Lunatic asylums Burma 1922-24 - 1922-1924
Year: 1922
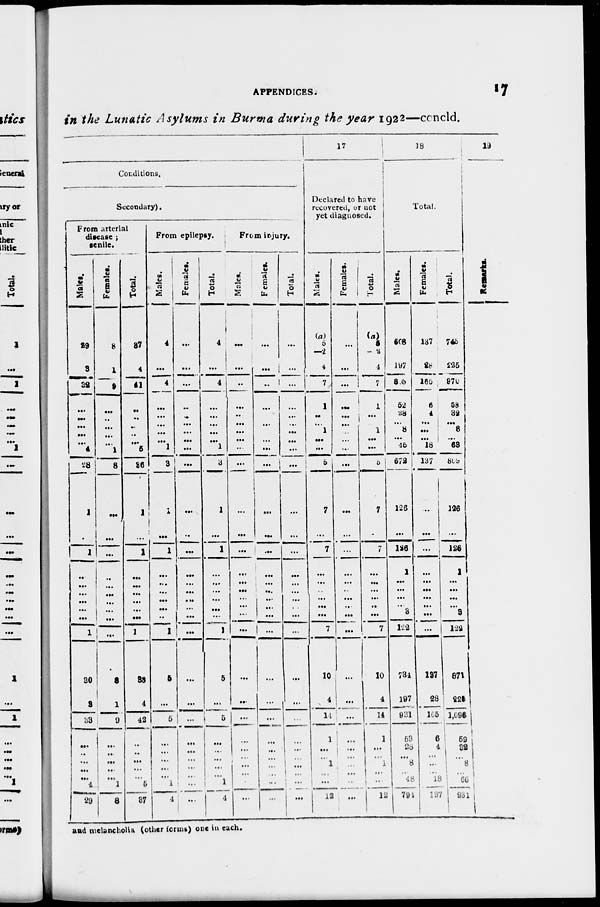
APPENDICES.
17
in the Lunatic Asylums in Burma during the year 1922—concld.
Conditions.
Secondary).
From arterial
disease ;
senile.
Males.
29
3
32
...
...
...
...
...
4
28
1
...
1
...
...
...
...
...
...
1
30
3
33
...
..
...
...
...
4
29
Females.
8
1
9
...
..
...
...
...
1
8
...
...
...
..
...
...
...
...
...
...
8
1
9
...
...
...
..
...
1
8
Total.
37
4
41
..
..
...
..
...
5
36
1
...
1
...
...
...
...
...
...
1
38
4
42
...
..
...
...
...
5
37
From epilepsy.
Males.
4
...
4
...
...
...
...
...
1
3
1
...
1
...
...
...
...
...
..
1
5
...
5
...
...
...
...
...
1
4
Females.
...
...
...
..
..
...
...
...
...
...
...
..
...
...
...
...
...
...
...
...
...
...
...
...
...
...
...
..
...
...
Total.
4
...
4
...
...
...
...
...
1
3
1
...
1
...
...
...
...
...
...
1
5
...
5
...
...
...
...
...
1
4
From injury.
Males.
...
...
...
...
..
...
...
...
...
...
...
...
...
...
...
...
...
...
...
...
...
...
...
...
...
...
...
...
...
...
Females.
...
...
..
...
...
...
...
...
...
...
...
...
...
...
...
...
...
...
...
...
...
...
...
...
...
...
...
...
...
...
Total.
...
...
...
...
...
...
...
...
...
...
...
...
...
...
...
...
...
...
...
...
...
...
...
...
...
...
...
...
...
...
17
Declared to have
recovered, or not
yet diagnosed.
Males.
(a)
5
—2
4
7
1
..
...
1
...
...
5
7
...
7
...
...
...
...
...
...
7
10
4
14
1
...
...
1
...
...
12
Females.
...
...
...
...
...
...
...
...
...
...
...
...
...
...
...
...
...
...
...
...
...
...
...
...
...
...
...
...
...
...
Total.
(a)
5
—2
4
7
1
...
...
1
...
...
5
7
...
7
...
...
...
...
..
...
7
10
4
14
1
...
...
1
... ..
12
18
Total.
Males.
608
197
865
52
28
...
8
...
45
672
126
...
126
1
...
...
...
...
3
122
734
197
931
53
28
...
8
...
48
794
Females.
137
28
165
6
4
...
...
...
18
137
...
...
...
...
...
...
...
...
...
...
137
28
165
6
4
...
...
..
18
137
Total.
745
225
970
58
32
...
8
...
63
809
126
...
126
1
...
...
...
...
3
122
871
225
1,696
59
32
...
8
...
66
931
19
Remarks.
and melancholia (other forms) one in each.